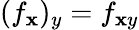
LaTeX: (f_{\mathbf{x}})_{y}=f_{\mathbf{x}y}